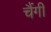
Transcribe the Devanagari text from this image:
चैंगी